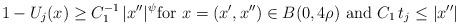
LaTeX: \begin{align*} 1 - U_j ( x ) \geq C_1^{-1} \, |x''| ^{\psi } \mbox{for}\, \, x = ( x', x'' ) \in B (0, 4 \rho ) \, \, \mbox{and}\, \, C_1 \, t_j \leq |x''|\end{align*}